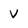
Character: V